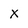
Character: X